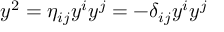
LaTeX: y ^ { 2 } = \eta _ { i j } y ^ { i } y ^ { j } = - \delta _ { i j } y ^ { i } y ^ { j }